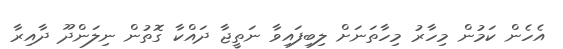
އެހެން ކަމުން މިހާރު މިހާތަނަށް ލިބިފައިވާ ނަތީޖާ ދައްކާ ގޮތުން ނިލަންދޫ ދާއިރާ